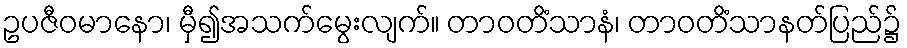
ဥပဇီဝမာနော၊ မှီ၍အသက်မွေးလျက်။ တာဝတိံသာနံ၊ တာဝတိံသာနတ်ပြည်၌